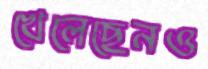
খেলেছেনও